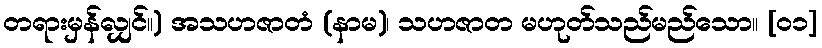
တရားမှန်လျှင်။) အသဟဇာတံ (နာမ)၊ သဟဇာတ မဟုတ်သည်မည်သော။ [၀၁]